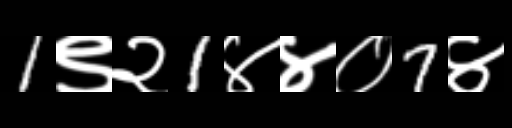
Text: 1९२1४४०7४